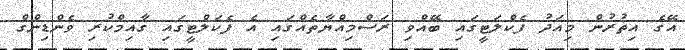
އޭގެ އިތުރުން މިއަދު ފެކްލަޓީގައި ބޭއްވި ރަސްމިއްޔާތެއްގައި އެ ފެކަލްޓީގައި ގާއިމްކުރި ވެންޑިންގް